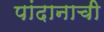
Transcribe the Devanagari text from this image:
पांदानाची